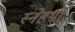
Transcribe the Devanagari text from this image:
स्नेहथी